Report on sanitation, dispensaries, and jails in Rajputana for 1921, and on vaccination for the year 1921-1922 - 1921-1922
Year: 1921
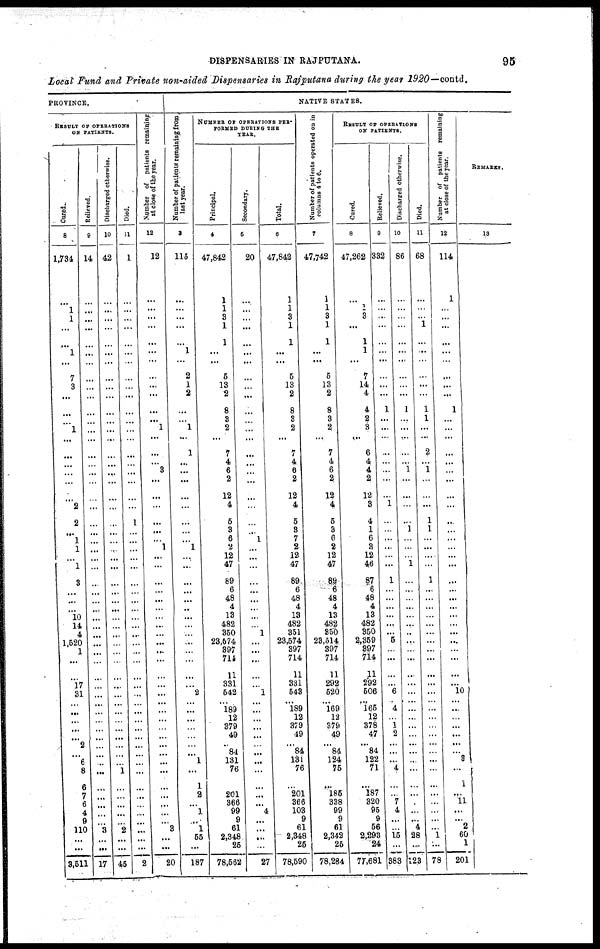
DISPENSARIES IN RAJPUTANA.
95
Local Fund and Private non-aided Dispensaries in Rajputana during the year 1920—contd.
PROVINCE.
RESULT OF OPERATIONS
ON PATIENTS.
Cured.
8
1,734
...
1
1
...
...
1
...
7
3
...
...
...
1
...
...
...
...
...
...
2
2
...
1
1
...
1
3
...
...
...
10
14
4
1,520
1
...
...
l7
31
...
...
...
...
...
2
...
6 8
6
7
6
4
9
110
...
...
3,511
Relieved.
9
14
...
...
...
...
...
...
...
...
...
...
...
...
...
...
...
...
...
...
...
...
...
...
...
...
...
...
...
...
...
...
...
...
...
...
...
...
...
...
...
...
...
...
...
...
...
...
...
...
...
...
...
...
...
3
...
...
17
Discharged otherwise.
10
42
...
...
...
...
...
...
...
...
...
...
...
...
...
...
...
...
...
...
...
...
...
...
...
...
...
...
...
...
...
...
...
...
...
...
...
...
...
...
...
...
...
...
...
...
...
...
...
1
...
...
...
...
...
2
...
...
45
Died.
11
1
...
...
...
...
...
...
...
...
...
...
...
...
...
...
...
...
...
...
...
...
1
...
...
...
...
...
...
...
...
...
...
...
...
...
...
...
...
...
...
...
...
...
...
...
...
...
...
...
...
...
...
...
...
...
...
...
2
Number of patients remaining
at close of the year.
12
12
...
...
...
...
...
...
...
...
...
...
...
...
1
...
...
...
3
...
...
...
...
...
...
1
...
...
...
...
...
...
...
...
...
...
...
...
...
...
...
...
...
...
...
...
...
...
...
...
...
...
...
...
...
3
...
...
20
NATIVE STATES.
Number of patients remaining from
last year.
3
115
...
...
...
...
...
1
...
2
1
2
...
...
1
...
1
...
...
...
...
...
...
...
...
1
...
...
...
...
...
...
...
...
...
...
...
...
...
...
2
...
...
...
...
...
...
...
1
...
1
2
...
1
...
1
55
...
187
NUMBER OF OPERATIONS PER-
FORMED DURING THE
YEAR.
Principal.
4
47,842
1
1
3
1
1
...
...
5
13
2
8
3
2
...
7
4
6
2
12
4
5
3
6
2
12
47
89
6
48
4
13
482
350
23,574
397
714
11
331
542
...
189
12
379
49
..
84
131
76
...
201
366
99
9
61
2,348
25
78,562
Secondary.
5
20
...
...
...
...
...
...
...
...
...
...
...
...
...
...
...
...
...
...
...
...
...
...
1
...
...
...
...
...
...
...
...
...
1
...
...
...
...
...
1
...
...
...
...
...
...
...
...
...
...
...
...
4
...
...
...
...
27
Total.
6
47,842
1
1
3
1
1
...
...
5
13
2
8
3
2
...
7
4
6
2
12
4
5
3
7
2
12
47
89
6
48
4
13
482
351
23,574
397
714
11
331
543
...
189
12
379
49
...
84
131
76
...
201
366
103
9
61
2,348
25
78,590
Number of patients operated on in
columns 4 to 6.
7
47,742
1
1
3
1
1
...
...
5
13
2
8
3
2.
...
7
4
6
2
12
4
5
3
6
2
12
47
89
6
48
4
13
482
350
23,514
397
714
11
292
520
...
169
12
379
49
...
84
124
75
...
185
338
99
9
61
2,342
25
78,284
RESULT OF OPERATIONS
ON PATIENTS.
Cured.
8
47,262
...
1
3
...
1
1
...
7
14
4
4
2
3
...
6
4
4
2
12
3
4
1
6
3
12
46
87
6
48
4
13
482
350
2,359
397
714
11
292
506
...
165
12
378
47
...
84
122
71
...
187
320
95
9
56
2,293
24
77,681
Relieved.
9
332
...
...
...
...
...
...
...
...
...
...
1
...
...
...
...
...
...
...
...
1
...
...
...
...
...
...
1
...
...
...
...
...
...
5
...
...
...
...
6
...
4
...
...
2
...
...
...
4
...
...
7
4
...
...
15
...
383
Discharged otherwise.
10
86
...
...
...
...
...
...
...
...
...
...
1
...
...
...
...
...
1
...
...
...
...
1
...
...
...
1
...
...
...
...
...
...
...
...
...
...
...
...
...
...
...
...
...
...
...
...
...
...
...
...
...
...
...
4
28
...
123
Died.
11
68
...
...
...
1
...
...
...
...
...
...
1
1
...
...
2
...
1
...
...
...
1
1
...
...
...
...
1
...
...
...
...
...
...
...
...
...
...
...
...
...
...
...
...
...
...
...
...
...
...
...
...
...
...
...
1
...
78
Number of patients remaining
at close of the year.
12
114
1
...
...
...
...
...
...
...
...
...
1
...
...
...
...
...
...
...
...
...
...
...
...
...
...
...
...
...
...
...
...
...
...
...
...
...
...
...
10
...
...
...
...
...
...
...
3
...
1
...
11
...
...
2
60
1
201
REMARKS.
13